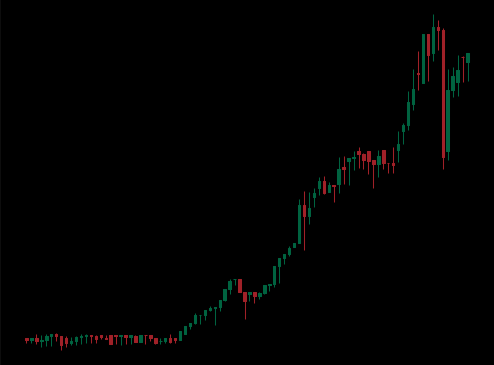
Pattern: unclassified